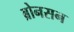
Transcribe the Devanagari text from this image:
ब्रोनसन